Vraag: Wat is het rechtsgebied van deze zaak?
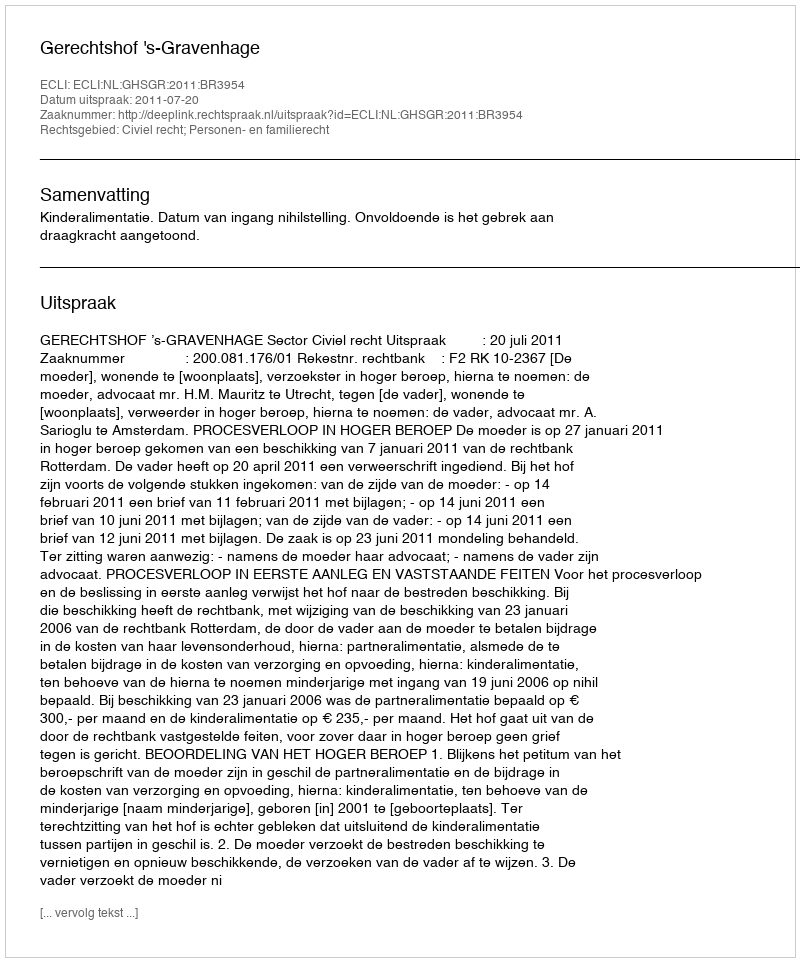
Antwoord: Civiel recht; Personen- en familierecht